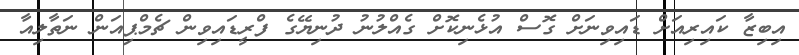
އިބިޒާ ކައިރިއަށް ޑައިވިނަށް ގޮސް އުޅެނިކޮށް ގެއްލުނު ދުނިޔޭގެ ފްރީޑައިވިން ޗެމްޕިއަން ނަތާލިއާ